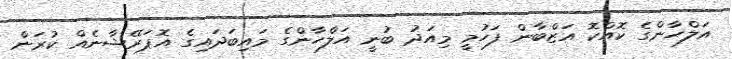
އަލްހާންގެ ކޮއްކޮ އަޒްބާން ފަހުމީ މިއަދު ބުނީ އަލްހާންގެ މައިބަދައިގެ އޮޕަރޭޝާނެއް ކުރަން